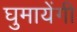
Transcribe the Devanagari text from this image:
घुमायेंगी